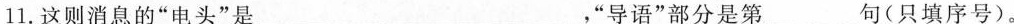
11.这则消息的”电头”是___，”导语”部分是第___句(只填序号)。